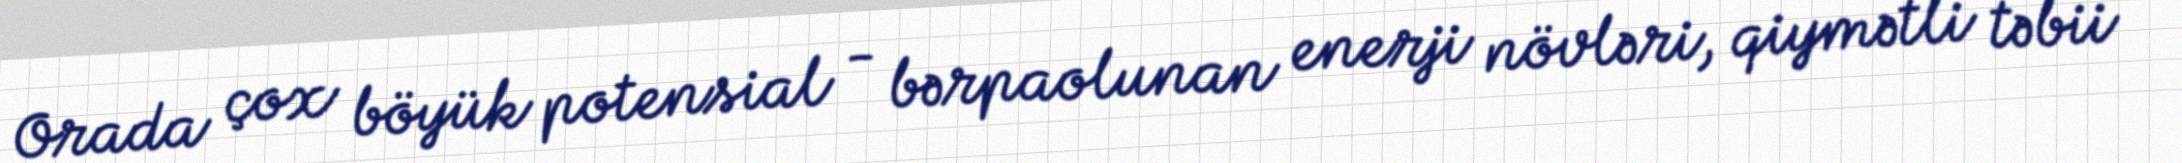
Orada çox böyük potensial - bərpaolunan enerji növləri, qiymətli təbii